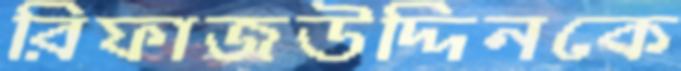
রিফাজউদ্দিনকে